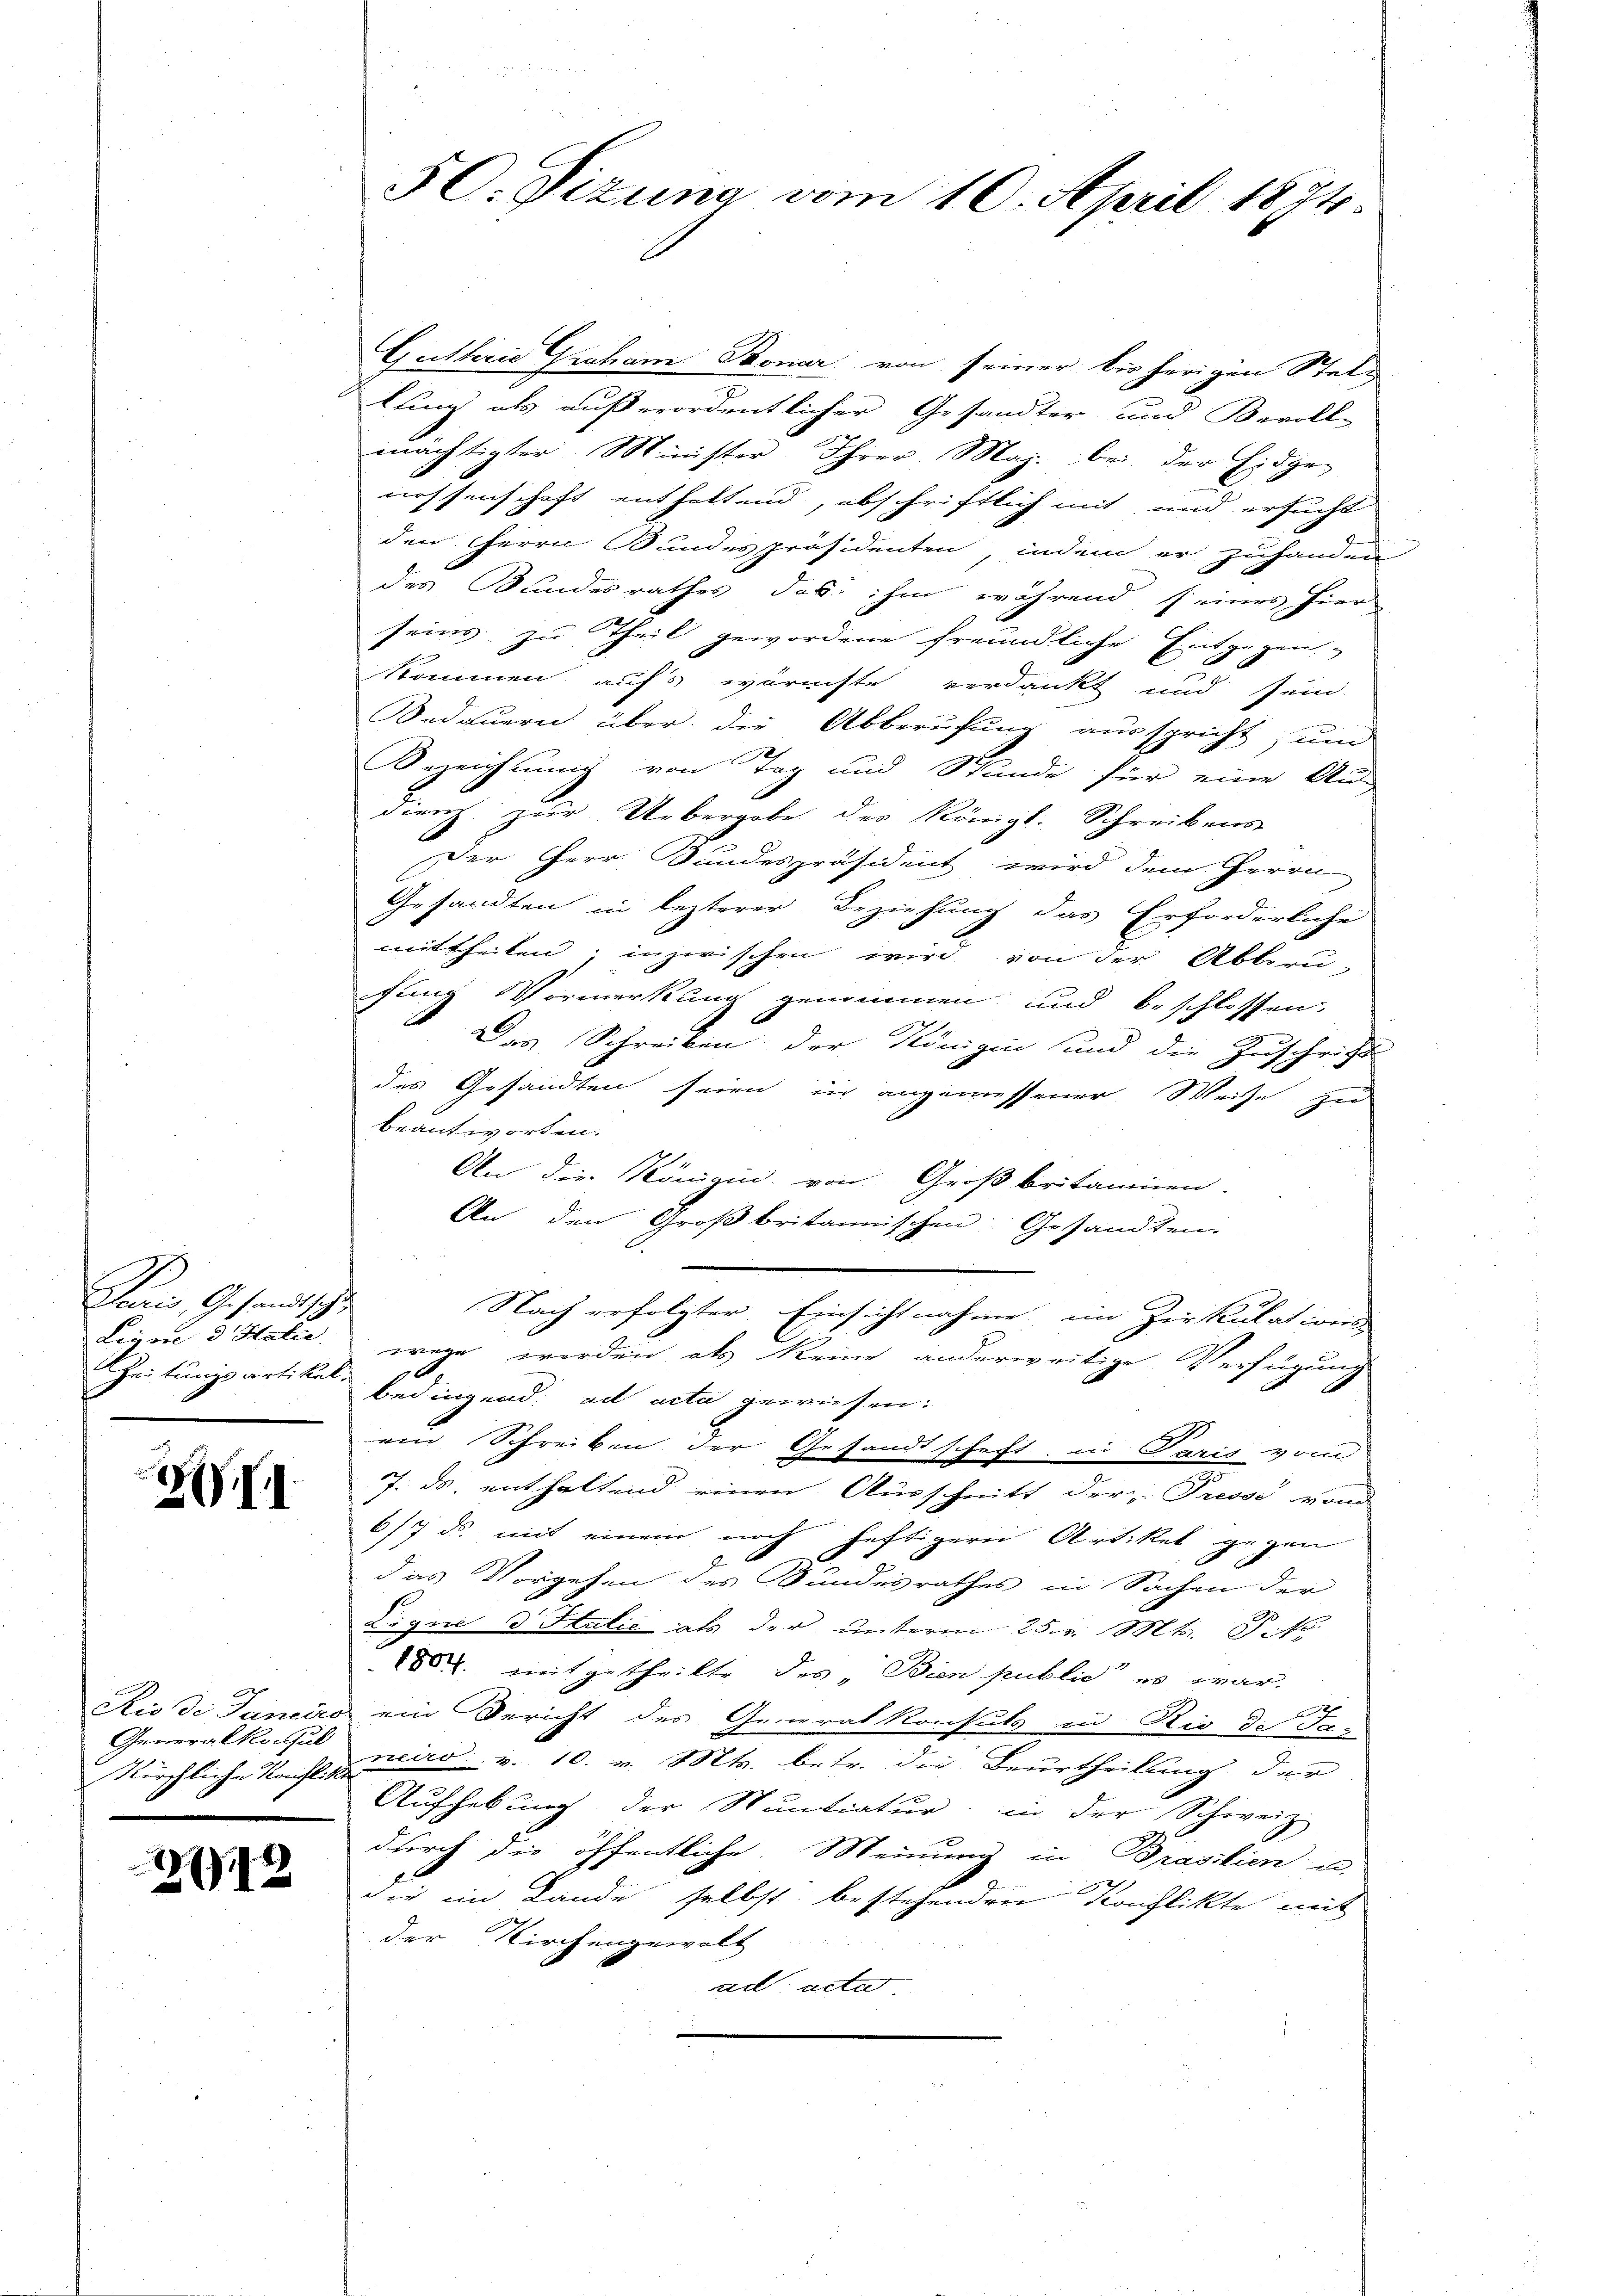
1
aris, Gesandtschu
Leym 3 Italie

2II

d
Generalkonsul

212

50. Sizung vom 10. April 1874.

Guttrie Graham Bonar von seiner bis herigen Stettuung als außerordentlicher Gesandter und Bevoll-
mächtigter Minister Ihrer Maj. bei der Eidge-
nossenschaft enthaltend, abschriftlich mit und ersucht
den Herrn Bundespräsidenten, indem er zuhanden
des Bundesrathes das ihm während seines hier-
seins zu Theil gewordene freundliche Entgegen-
kommen aufs wärmste verdankt und sein
Sedauern über die Abberufung ausspricht, um
Bezeichnung von Tag und Stunde für eine Aus-
diens zur Uebergabe des Königl. Schreibens
Der Herr Bundespräsident wird dem Herrn
Gesandten in lezterer Beziehung das Erforderliche
mittheilen, inzwischen wird von der Abberu-
fung Vormerkung genommen und beschlossen,
Das Schreiben der Königin und die Zuschrift
des Gesandten seien in angemessener Weise zu
beantworten.
An die Königin von Großbritaminen.
An den Großbritannischen Gesandten.
Nach erfolgter. Einsichtnahme ein Zirkulat wied
wege werden, als keine anderweitige Verfügung
0
eitungsartikel bedingend. ad acta gewiesen.
ein Schreiben der
Gesandtschaft in Paris vom
7. ds. enthaltend einen Ausschnitt der Presse von
6/7 ds. mit einem noch heftigern Artikel gegen
das Vorgehen des Bundesrathes in Sachen der
Ligue d Italić als der unterm 25. v. Mts. Pete
XV. mitgetheilte des „Bien public es war.
Rio de Janeiro ein Bericht des Generalkonsuls in Rio de Fas
Kirchliche Nacht andes. v. 10. v. Mts. betr. die Beurtheilung der
Aufhebung der Sentiatur in der Schweiz
durch die öffentliche Meinung in Prasilien u.
die ein Lande selbst bestehenden Konflikte mit
der Kirchengewalt
ae acte